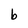
Character: b